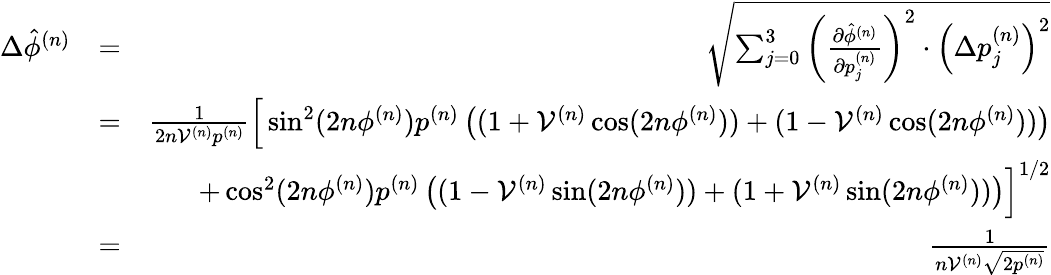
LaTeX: \begin{array}{rlr}{\Delta\hat{\phi}^{(n)}}&{=}&{\sqrt{\sum_{j=0}^{3}\left(\frac{\partial\hat{\phi}^{(n)}}{\partial p_{j}^{(n)}}\right)^{2}\cdot\left(\Delta p_{j}^{(n)}\right)^{2}}}\\ &{=}&{\frac{1}{2n\mathcal{V}^{(n)}p^{(n)}}\Big[\sin^{2}(2n\phi^{(n)})p^{(n)}\left((1+\mathcal{V}^{(n)}\cos(2n\phi^{(n)}))+(1-\mathcal{V}^{(n)}\cos(2n\phi^{(n)}))\right)}\\ &{}&{+\cos^{2}(2n\phi^{(n)})p^{(n)}\left((1-\mathcal{V}^{(n)}\sin(2n\phi^{(n)}))+(1+\mathcal{V}^{(n)}\sin(2n\phi^{(n)}))\right)\Big]^{1/2}}\\ &{=}&{\frac{1}{n\mathcal{V}^{(n)}\sqrt{2p^{(n)}}}}\end{array}